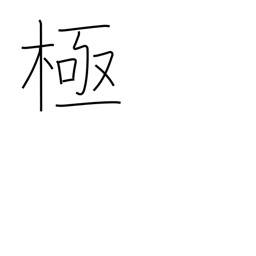
Meaning: 10**48